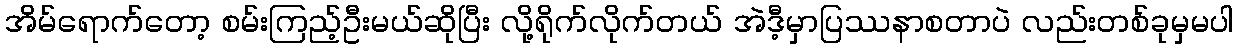
အိမ်ရောက်တော့ စမ်းကြည့်ဦးမယ်ဆိုပြီး လို့ရိုက်လိုက်တယ် အဲဒီ့မှာပြဿနာစတာပဲ လည်းတစ်ခုမှမပါ